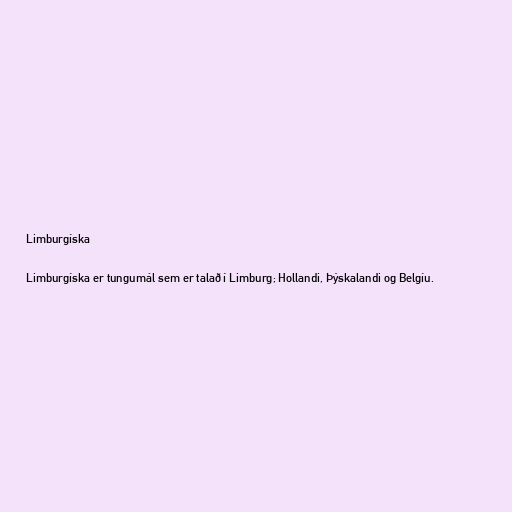
Limburgíska

Limburgíska er tungumál sem er talað í Limburg; Hollandi, Þýskalandi og Belgíu.